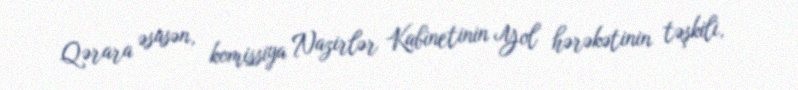
Qərara əsasən, komissiya Nazirlər Kabinetinin Yol hərəkətinin təşkili,